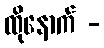
ထိုနောက် -